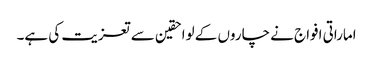
اماراتی افواج نے چاروں کے لواحقین سے تعزیت کی ہے۔